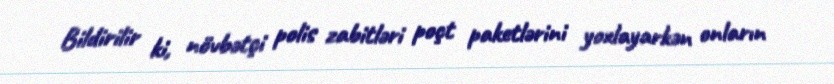
Bildirilir ki, növbətçi polis zabitləri poçt paketlərini yoxlayarkən onların